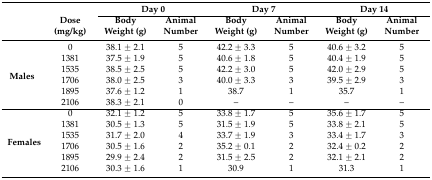
<table><thead><tr><td rowspan="2"></td><td></td><td colspan="2"><b>Day 0</b></td><td colspan="2"><b>Day 7</b></td><td colspan="2"><b>Day 14</b></td></tr><tr><td><b>Dose (mg/kg)</b></td><td><b>Body Weight (g)</b></td><td><b>Animal Number</b></td><td><b>Body Weight (g)</b></td><td><b>Animal Number</b></td><td><b>Body Weight (g)</b></td><td><b>Animal Number</b></td></tr></thead><tbody><tr><td rowspan="6"><b>Males</b></td><td>0</td><td>38.1 ± 2.1</td><td>5</td><td>42.2 ± 3.3</td><td>5</td><td>40.6 ± 3.2</td><td>5</td></tr><tr><td>1381</td><td>37.5 ± 1.9</td><td>5</td><td>40.6 ± 1.8</td><td>5</td><td>40.4 ± 1.9</td><td>5</td></tr><tr><td>1535</td><td>38.5 ± 2.5</td><td>5</td><td>42.2 ± 3.0</td><td>5</td><td>42.0 ± 2.9</td><td>5</td></tr><tr><td>1706</td><td>38.0 ± 2.5</td><td>3</td><td>40.0 ± 3.3</td><td>3</td><td>39.5 ± 2.9</td><td>3</td></tr><tr><td>1895</td><td>37.6 ± 1.2</td><td>1</td><td>38.7</td><td>1</td><td>35.7</td><td>1</td></tr><tr><td>2106</td><td>38.3 ± 2.1</td><td>0</td><td>–</td><td>–</td><td>–</td><td>–</td></tr><tr><td rowspan="6"><b>Females</b></td><td>0</td><td>32.1 ± 1.2</td><td>5</td><td>33.8 ± 1.7</td><td>5</td><td>35.6 ± 1.7</td><td>5</td></tr><tr><td>1381</td><td>30.5 ± 1.3</td><td>5</td><td>31.5 ± 1.9</td><td>5</td><td>33.8 ± 2.1</td><td>5</td></tr><tr><td>1535</td><td>31.7 ± 2.0</td><td>4</td><td>33.7 ± 1.9</td><td>3</td><td>33.4 ± 1.7</td><td>3</td></tr><tr><td>1706</td><td>30.5 ± 1.6</td><td>2</td><td>35.2 ± 0.1</td><td>2</td><td>32.4 ± 0.2</td><td>2</td></tr><tr><td>1895</td><td>29.9 ± 2.4</td><td>2</td><td>31.5 ± 2.5</td><td>2</td><td>32.1 ± 2.1</td><td>2</td></tr><tr><td>2106</td><td>30.3 ± 1.6</td><td>1</td><td>30.9</td><td>1</td><td>31.3</td><td>1</td></tr></tbody></table>